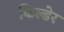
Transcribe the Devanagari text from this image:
किल्डेर